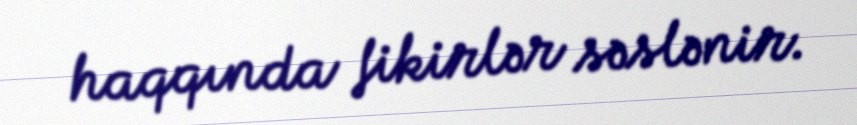
haqqında fikirlər səslənir.